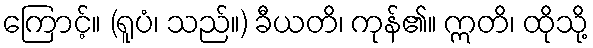
ကြောင့်။ (ရူပံ၊ သည်။) ခီယတိ၊ ကုန်၏။ ဣတိ၊ ထိုသို့